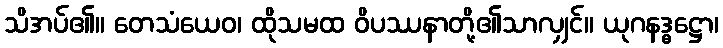
သိအပ်၏။ တေသံယေဝ၊ ထိုသမထ ဝိပဿနာတို့၏သာလျှင်။ ယုဂနဒ္ဓဋ္ဌော၊